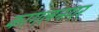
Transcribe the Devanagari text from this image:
कागलनगर